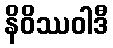
နိဝိဿဝါဒီ